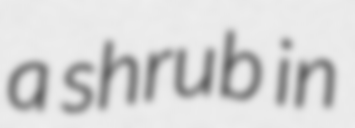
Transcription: a shrub in